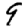
Digit: 9